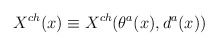
\begin{align*}X^{ch}(x) \equiv X^{ch}(\theta^{a}(x),d^{a}(x))\end{align*}